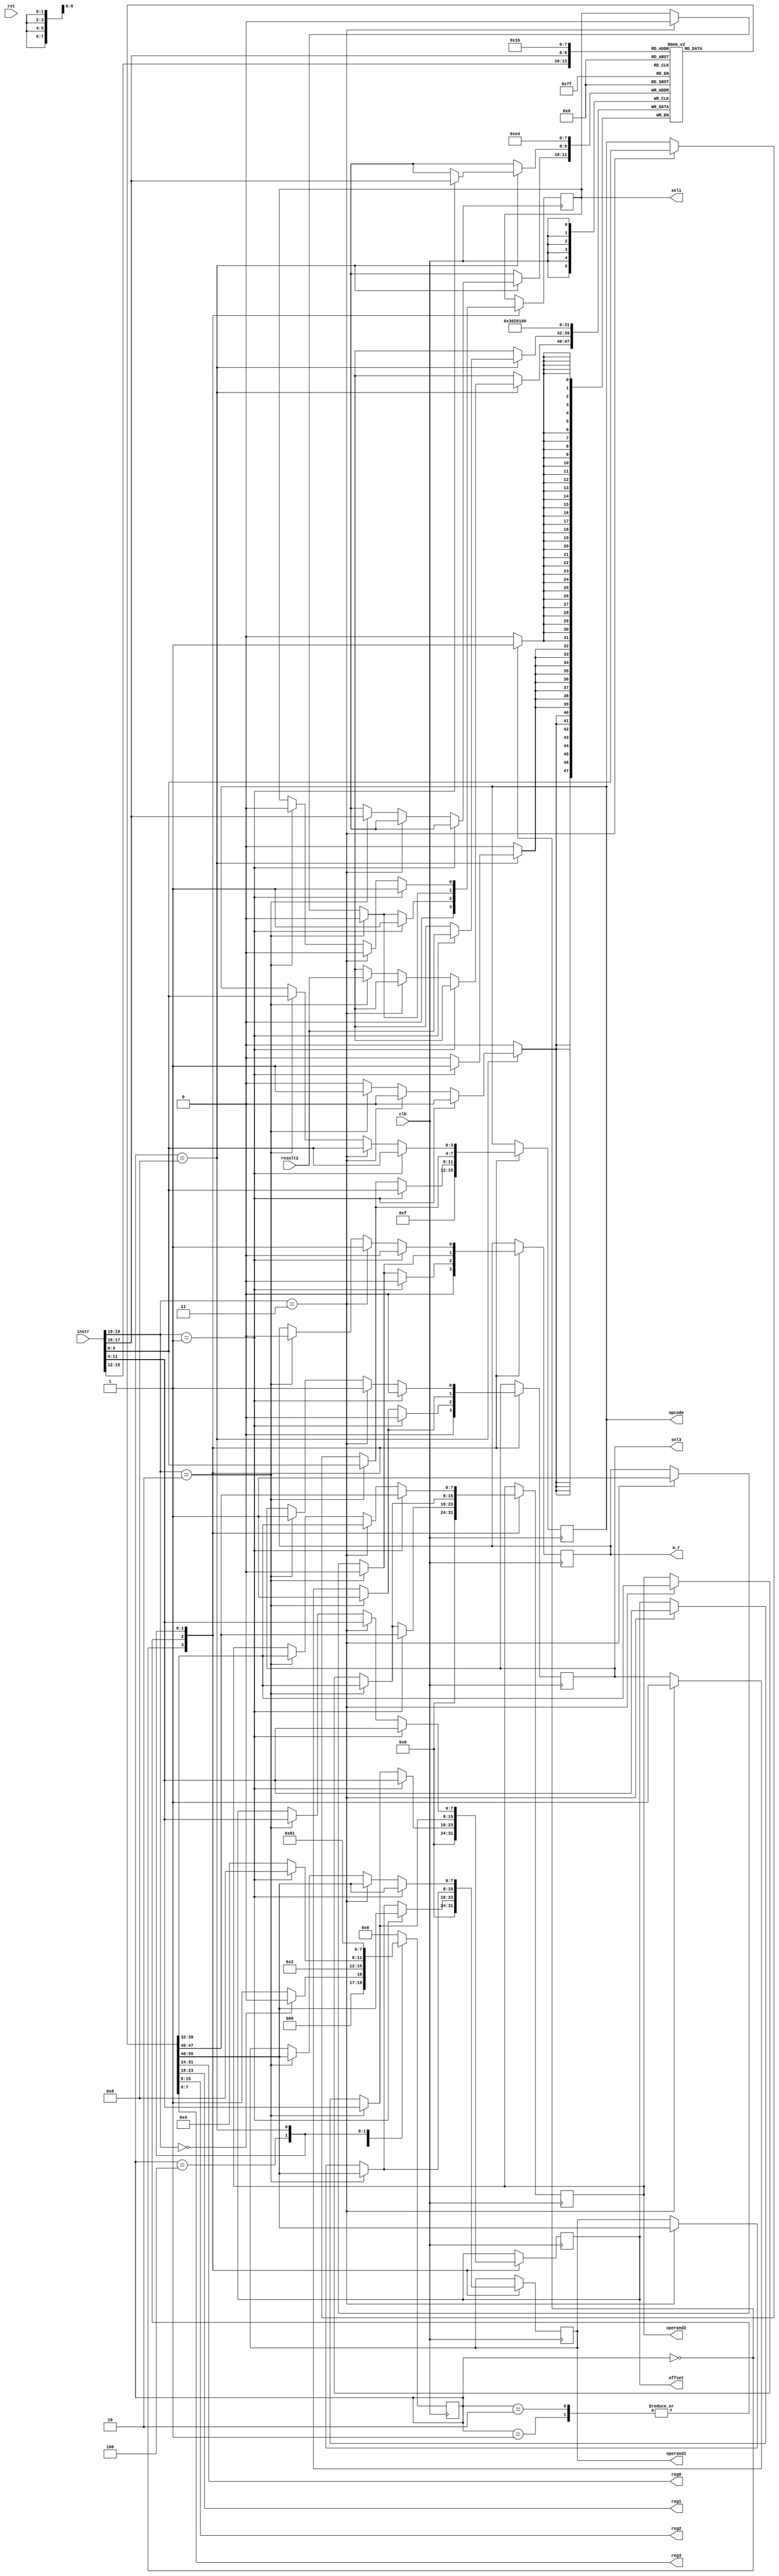
module CU (clk,rst, instr, result2, operand1, operand2, offset, opcode, sel1, sel3,w_r, reg0, reg1, reg2, reg3);
    //added extra ports for internal signals
    //Defaults unless overwritten during instantiation
    parameter DATA_WIDTH = 8; //8 bit wide data
    parameter ADDR_BITS = 5; //32 Addresses
    parameter INSTR_WIDTH =20; 
    //INPUTS
    input clk,rst;
    input [INSTR_WIDTH-1:0]instr;
    input [DATA_WIDTH-1:0] result2;

    //OUTPUTS
    output reg [DATA_WIDTH-1:0] operand1;
    output reg [DATA_WIDTH-1:0] operand2;
    output reg [DATA_WIDTH-1:0] offset;
    output reg [3:0] opcode;
    output reg sel1, sel3, w_r; 
    // internal signal ports
    output reg [DATA_WIDTH-1:0] reg0;  
    output reg [DATA_WIDTH-1:0] reg1;
    output reg [DATA_WIDTH-1:0] reg2;
    output reg [DATA_WIDTH-1:0] reg3;
  

    //REGISTER FILE: CU internal register file of 4 registers.  This is a over simplication of a real solution
    reg [DATA_WIDTH-1:0] regfile [0:3];
    reg [INSTR_WIDTH-1:0]instruction;
    //internal signal assignment
    assign reg0 = regfile [0];
    assign reg1 = regfile [1];
    assign reg2 = regfile [2];
    assign reg3 = regfile [3];
  
    //STATES
    parameter RESET = 4'b0000;
    parameter DECODE = 4'b0001;
    parameter EXECUTE = 4'b0010;
    parameter MEM_ACCESS = 4'b0100;
    parameter WRITE_BACK = 4'b1000;
        
    reg [3:0] state = RESET;
    
    
    always @(posedge clk) begin
        instruction = instr;
        case (state)
            RESET : begin //#0
                if (instruction[19:18] == 2'b00)  begin
                    state = RESET; 
                    end else begin
                    state = DECODE; //#1
                    end
                //-----------------------------
                //Write initial values to regfile
                regfile[0]<= 8'd0;
                regfile[1]<= 8'd1;
                regfile[2]<= 8'd2;
                regfile[3]<= 8'd3;

                //Set output reset defaults
                operand1 <= #(DATA_WIDTH)'d0;
                operand2 <= #(DATA_WIDTH)'d0;
                offset <= #(DATA_WIDTH)'d0;
                opcode <= 4'b1111;
                sel1 <= 0;
                sel3 <= 0;
                w_r <= 0;
                //-----------------------------
            end

            DECODE : begin //#1
                state = EXECUTE; //#2
                if (instruction[19:18] == 2'b1) begin //std_op
                    operand1 <= regfile[instruction[15:14]]; //X2
                    operand2 <= regfile[instruction[13:12]]; //X3
                    offset <= instruction[11:4];
                    opcode <= instruction[3:0];
                   sel1 <= 1;
                    sel3 <= 0;
                    w_r <= 0;
                end else if (instruction[19:18] == 2'b10) begin //loadR 
                    operand1 <= regfile[instruction[15:14]]; //X2
                    operand2 <= regfile[instruction[17:16]]; //z
                    offset <= instruction[11:4];
                    opcode <= instruction[3:0];
                    sel1 <= 0; //pass data_out
                    sel3 <= 1; //pass offset
                    w_r <= 0;
                end else if (instruction[19:18] == 2'b11) begin //storeR 
                  
                  
                    operand1 <= regfile[instruction[15:14]]; //X2
                    operand2 <= regfile[instruction[17:16]]; //z
                    offset <= instruction[11:4];
                    opcode <= instruction[3:0];
                    sel1 <= 0; //pass data_out
                    sel3 <= 1; //pass offset
                    w_r <= 1;

                end
            end
            EXECUTE: begin //#2
                state = MEM_ACCESS; //#3
                if (instruction[19:18] == 2'b01) begin //std_op
                    state = WRITE_BACK;
                    operand1 <= regfile[instruction[15:14]]; //X2
                    operand2 <= regfile[instruction[13:12]]; //X3
                    offset <= instruction[11:4];
                    opcode <= instruction[3:0];
                    sel1 <= 1;
                    sel3 <= 0;
                    w_r <= 0;

                end else if (instruction[19:18] == 2'b10) begin //loadR  
                    operand1 <= regfile[instruction[15:14]]; //X2
                    operand2 <= regfile[instruction[17:16]]; //z
                    offset <= instruction[11:4];
                    opcode <= instruction[3:0];
                    sel1 <= 0; //pass data_out
                    sel3 <= 1; //pass offset
                    w_r <= 0;
                end else if (instruction[19:18] == 2'b11) begin //storeR
                  
                  
                  
                    operand1 <= regfile[instruction[15:14]]; //X2
                    operand2 <= regfile[instruction[17:16]]; //z
                    offset <= instruction[11:4];
                    opcode <= instruction[3:0];
                    sel1 <= 0; //pass data_out
                    sel3 <= 1; //pass offset
                    w_r <= 1;
                
                end
            end
            MEM_ACCESS: begin //#3
                state = WRITE_BACK; //#4
                if (instruction[19:18] == 2'b10) begin //loadR             
                    operand1 <= regfile[instruction[15:14]]; //X2
                    operand2 <= regfile[instruction[17:16]]; //z
                    offset <= instruction[11:4];
                    opcode <= instruction[3:0];
                    sel1 <= 0; //pass data_out
                    sel3 <= 1; //pass offset
                    w_r <= 0;
                end else if (instruction[19:18] == 2'b11) begin //storeR 
                  
                  
                  
                    operand1 <= regfile[instruction[15:14]]; //X2
                    operand2 <= regfile[instruction[17:16]]; //z
                    offset <= instruction[11:4];
                    opcode <= instruction[3:0];
                    sel1 <= 0; //pass data_out
                    sel3 <= 1; //pass offset
                    w_r <= 1;
                   
                end
            end
            WRITE_BACK: begin //#4
                state = DECODE; //#1
                if (instruction[19:18] == 2'b01) begin //std_op
                    regfile[instruction[17:16]] <= result2; //X1

                    operand1 <= regfile[instruction[15:14]]; //X2
                    operand2 <= regfile[instruction[13:12]]; //X3
                    offset <= instruction[11:4];
                    opcode <= instruction[3:0];
                    sel1 <= 1;
                    sel3 <= 0;
                    w_r <= 0;
                end else if (instruction[19:18] == 2'b11) begin //storeR 
                         
                    operand1 <= regfile[instruction[15:14]]; //X2
                    operand2 <= regfile[instruction[17:16]]; //z
                    offset <= instruction[11:4];
                    opcode <= instruction[3:0];
                    sel1 <= 0; //pass data_out
                    sel3 <= 1; //pass offset
                    w_r <= 1;
               
                    
                end else if (instruction[19:18] == 2'b10) begin //loadR             
                    regfile[instruction[17:16]] <= result2; //From data mem
                    operand1 <= regfile[instruction[15:14]]; //X2
                    operand2 <= regfile[instruction[17:16]]; //z
                    offset <= instruction[11:4];
                    opcode <= instruction[3:0];
                    sel1 <= 0; //pass data_out
                    sel3 <= 1; //pass offset
                    w_r <= 0;
                end
            end

            default: // Fault Recovery
            state = RESET; //#0
        endcase
    end
endmodule